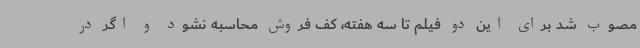
مصوب شد برای این دو فیلم تا سه هفته، کف فروش محاسبه نشود و اگر در